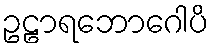
ဥဠာရဘောဂေါပိ